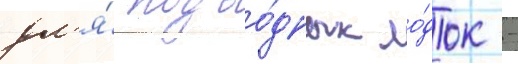
дл'я́ подво́дных ло́док -